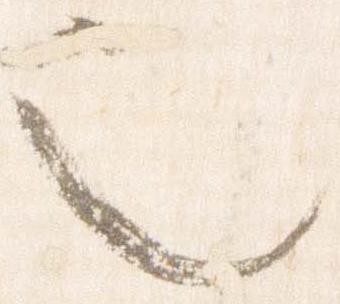
也